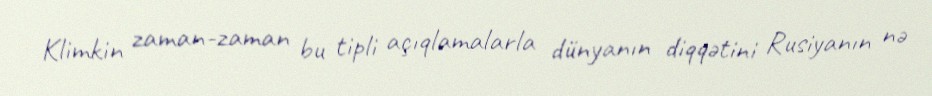
Klimkin zaman-zaman bu tipli açıqlamalarla dünyanın diqqətini Rusiyanın nə